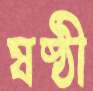
ষষ্ঠী